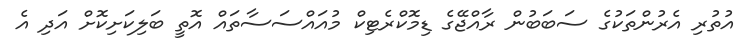
އުތުރި އެރުންތަކުގެ ސަބަބުން ރާއްޖޭގެ ޑިމޮކްރެޓިކް މުއައްސަސާތައް އޮތީ ބަލިކަށިކޮށް އަދި އެ